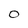
Character: 0